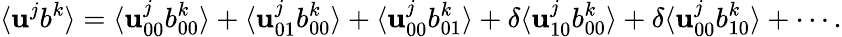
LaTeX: \langle{\mathbf{u}^{j}b^{k}}\rangle=\langle{\mathbf{u}_{00}^{j}b_{00}^{k}}\rangle+\langle{\mathbf{u}_{01}^{j}b_{00}^{k}}\rangle+\langle{\mathbf{u}_{00}^{j}b_{01}^{k}}\rangle+\delta\langle{\mathbf{u}_{10}^{j}b_{00}^{k}}\rangle+\delta\langle{\mathbf{u}_{00}^{j}b_{10}^{k}}\rangle+\cdots.